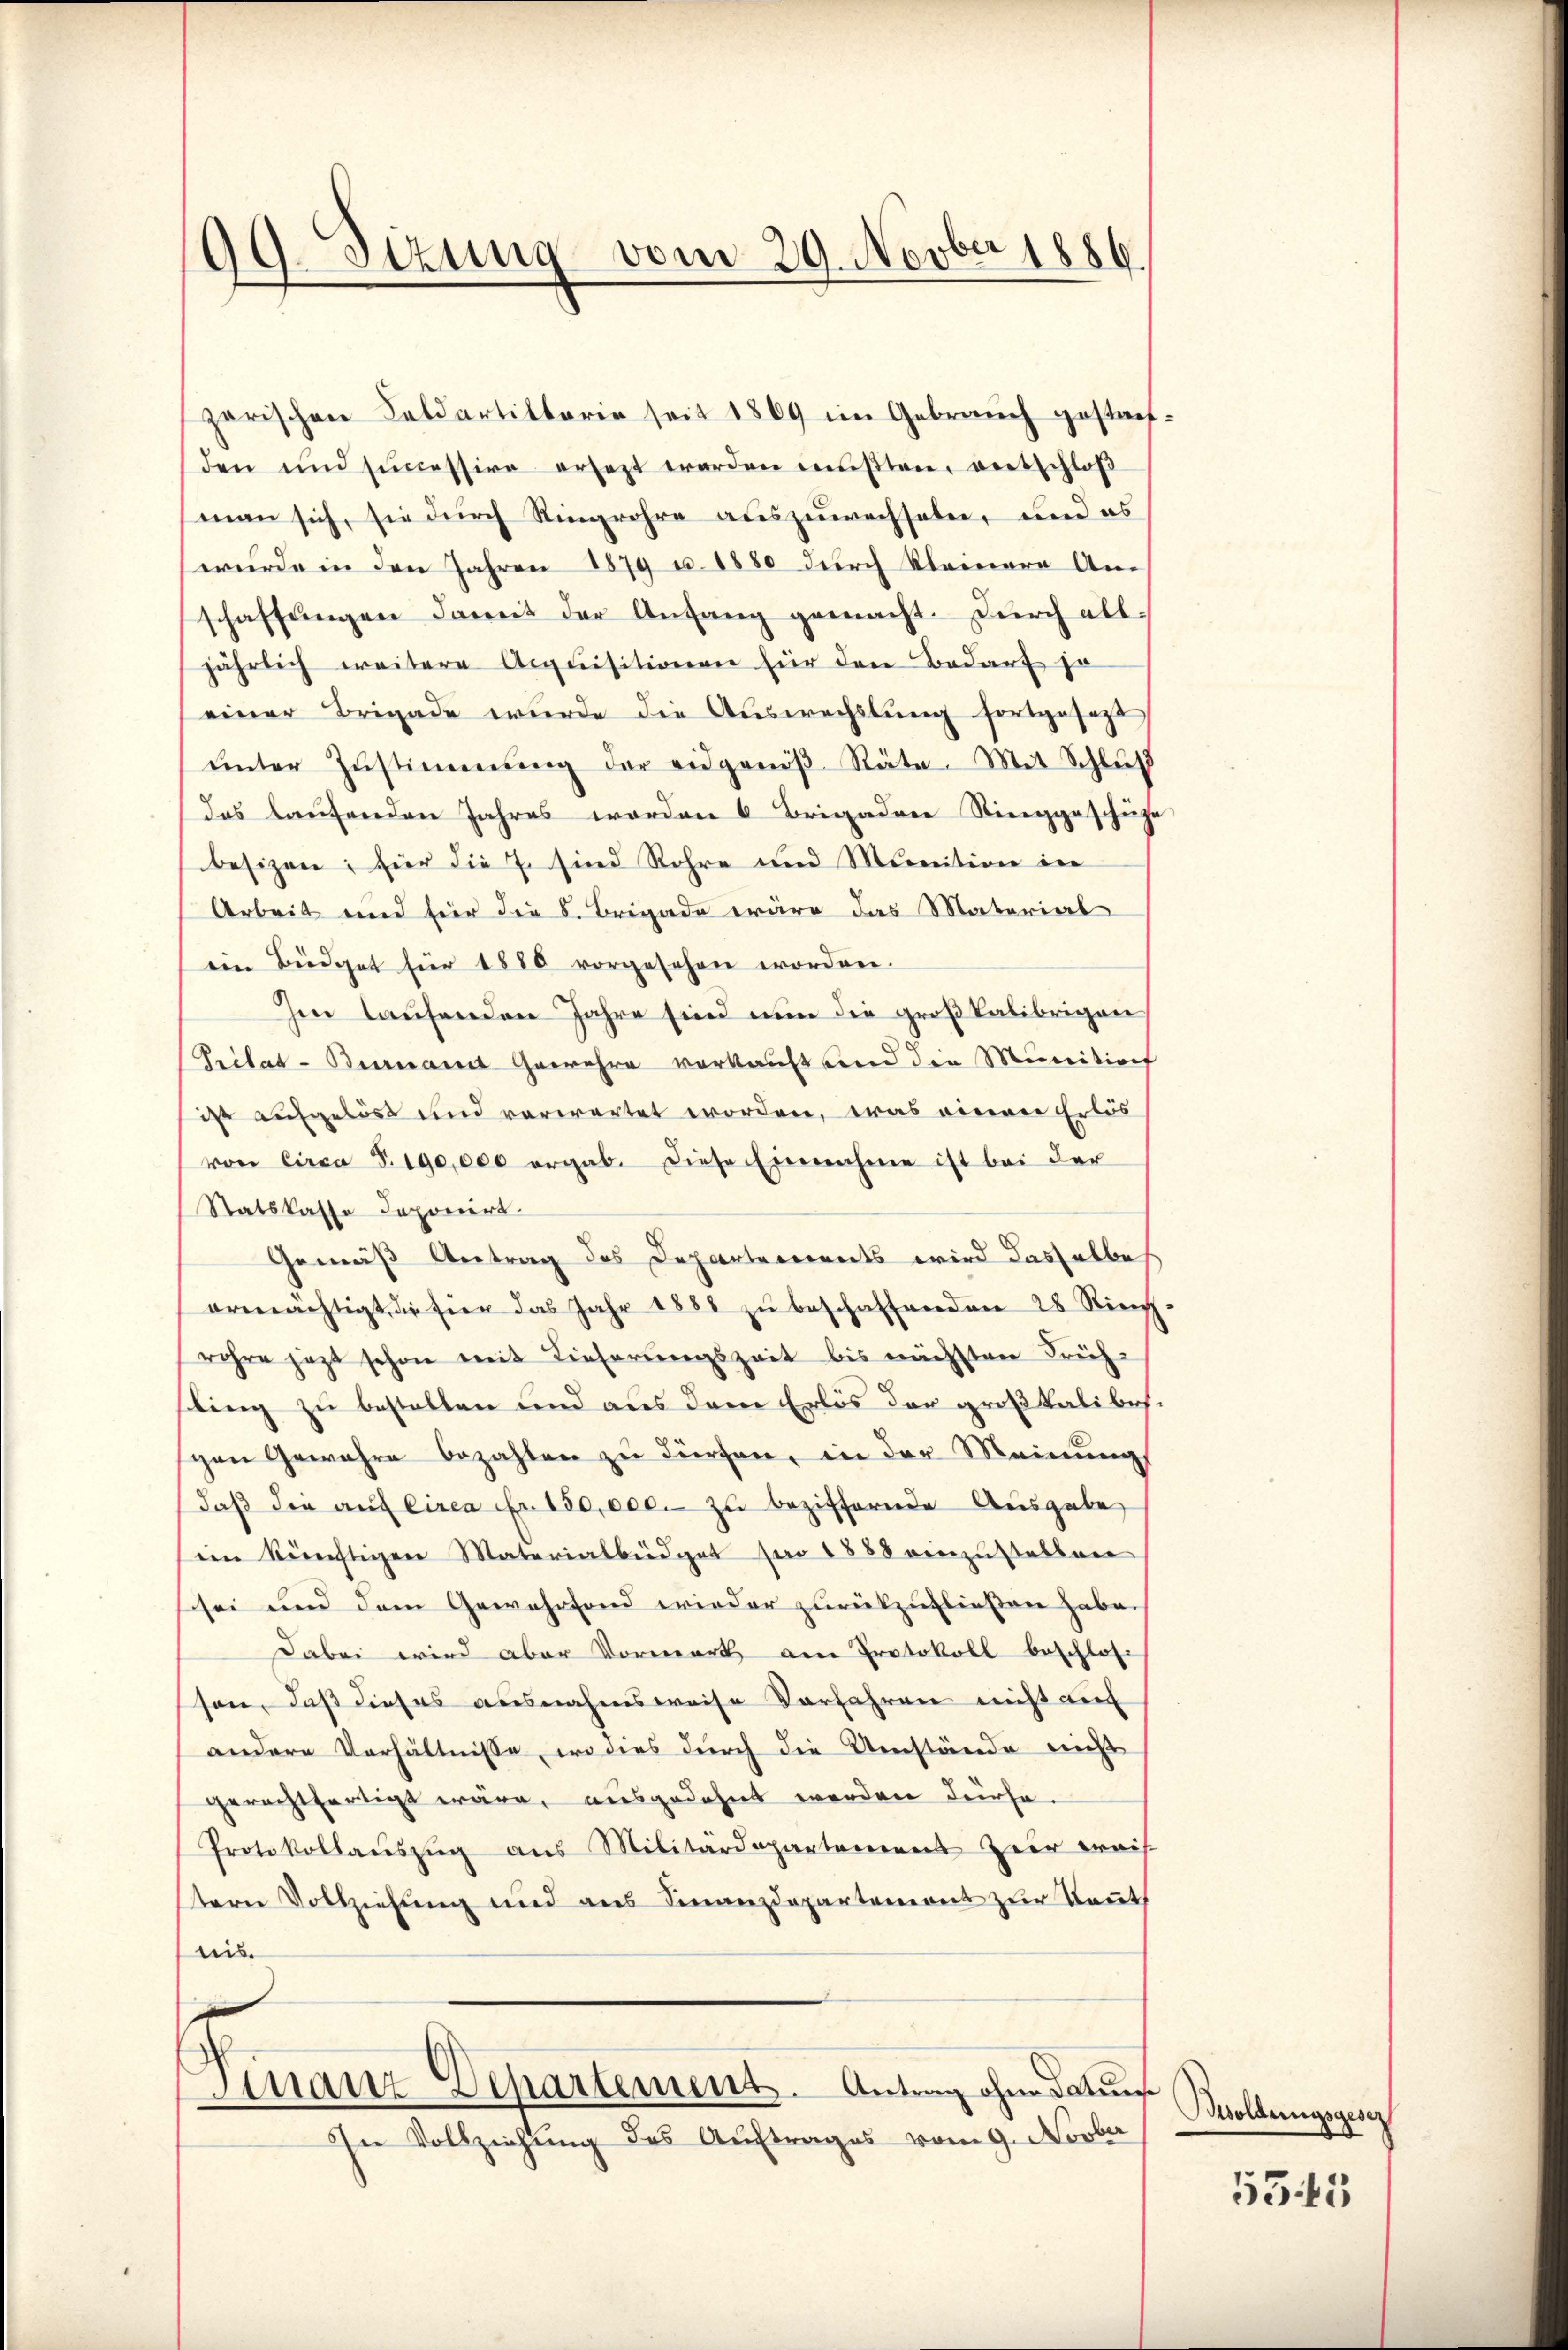
99. Sizung vom 29. Novber 1886.

zarischen Feldartitterie seit 1869 im Gebrauch gestatt.
den und sincessire ersezt werden mŭβten, entschloß
man sich, sie durch Ringrohre auszuwechseln, und es
wurde in den Jahren 1879 u. 1880 durch Kleinere An-
schaffŭngen damit der Anfang gemacht. Durch all-
jährlich weitere Acquisitionen für den Bedarf ja
einer Brigade wurde die Auswechslung fortgesetzt
ŭnter Zustimmung der eidgenöβ Räte. Mit Schluß
das laufenden Jahres worden 6 Brigaden Ringgeschüze
besizen; für die J. sind Rohre und Munition in
Arbeit und für die S. Brigade wäre das Material
ein Büdget für 1880 vorgesehen worden.
Im laufenden Jahre sind nun die großkalibrigen
Prilar-Bernannt Gewehre verkauft und den Munition
ist aufgelöst und verwartet worden, was einer Erlös
von Circa S. 190,000 ergab. diese Einnahme ist bei der
Statskasse deponirt.
Gemäß Antrag des Departerrents wird dasselbe
ermächtigt, die hier das Jahr 1881 zŭ beschaffenden 28 Riech
rohre jezt schon mit Lieferungszeit bis nächsten Früh-
ling zu bestellen und aus dem Erlös der großkalibes
pen Gewahre bezahlen zu dürfen, in der Meinung
daβ die aŭf circa Fr. 150,000. zu beziffernde Ausgabe
iin künftigen Materialbüdget pro 1888 einzustellen
sei und dem Gewährfond wieder zurückzufliessen habe.
dabei wird aber Vormerk am Protokoll beschlos
sen, daß dieses ausnahmsweise Vorfahren nicht auch
andere Verhältnisse, wo dies durch die Umstände nicht
gerechtfertigt wäre, ausgedehnt werden dürfe.
Protokollauszug aus Militärdepartement zur weis
tern Vollziehung und aus Finanzdepartemont zur Kant
leis
Finanz-Departement. Antrag ohne aus
In Vollziehung des Auftrages vom 9. Novber

Besoldungsgesez

5545